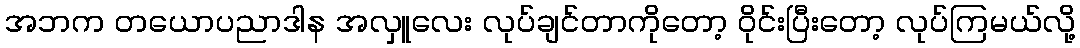
အဘက တယောပညာဒါန အလှူလေး လုပ်ချင်တာကိုတော့ ဝိုင်းပြီးတော့ လုပ်ကြမယ်လို့